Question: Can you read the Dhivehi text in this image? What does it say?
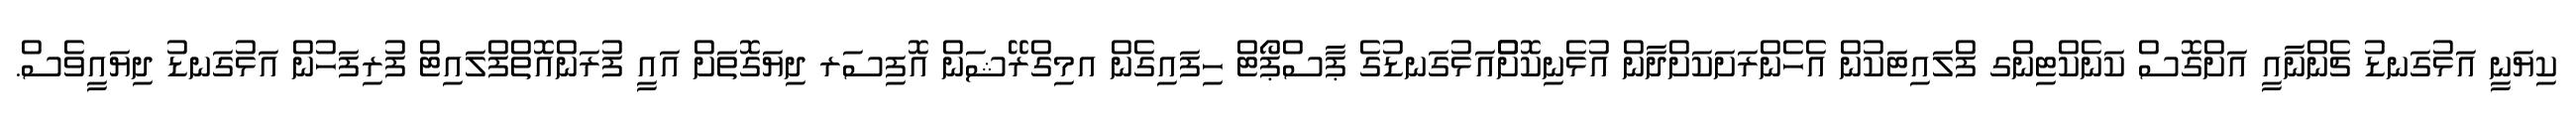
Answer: ކިޔަނީ އަޅުގަނޑު ޗެންނާއީ އަށްގޮސް ކަނެކްޓިންގ ފްލައިޓަކުން އެހެންރަށަކަށްދާން އުޅެނިކޮށްްއަޅުގަނޑުގެ ޕާސްޕޯޓް ހިފައިގެން އމިގްރޭޝަން އޮފިސަރ ދިޔަގޮތަށް އައީ ފުރަންއޮތްފްލައިޓް ފުރިފަހުން އަޅުގަނޑު ދިޔައީވެސް.